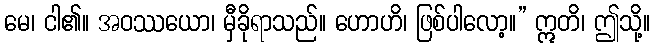
မေ၊ ငါ၏။ အဝဿယော၊ မှီခိုရာသည်။ ဟောဟိ၊ ဖြစ်ပါလော့။” ဣတိ၊ ဤသို့။